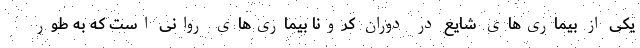
یکی از بیماری‌های شایع در دوران کرونا بیماری‌های روانی است که به طور